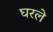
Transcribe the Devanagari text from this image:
घरले